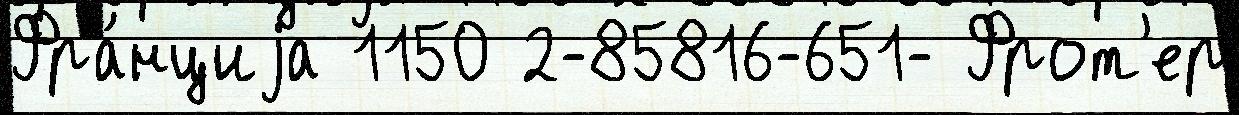
Фра́нциjа 1150 2-85816-651- Фрот'ер